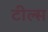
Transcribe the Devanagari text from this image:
टील्स